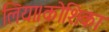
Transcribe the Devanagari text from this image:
लिया।कोशिका